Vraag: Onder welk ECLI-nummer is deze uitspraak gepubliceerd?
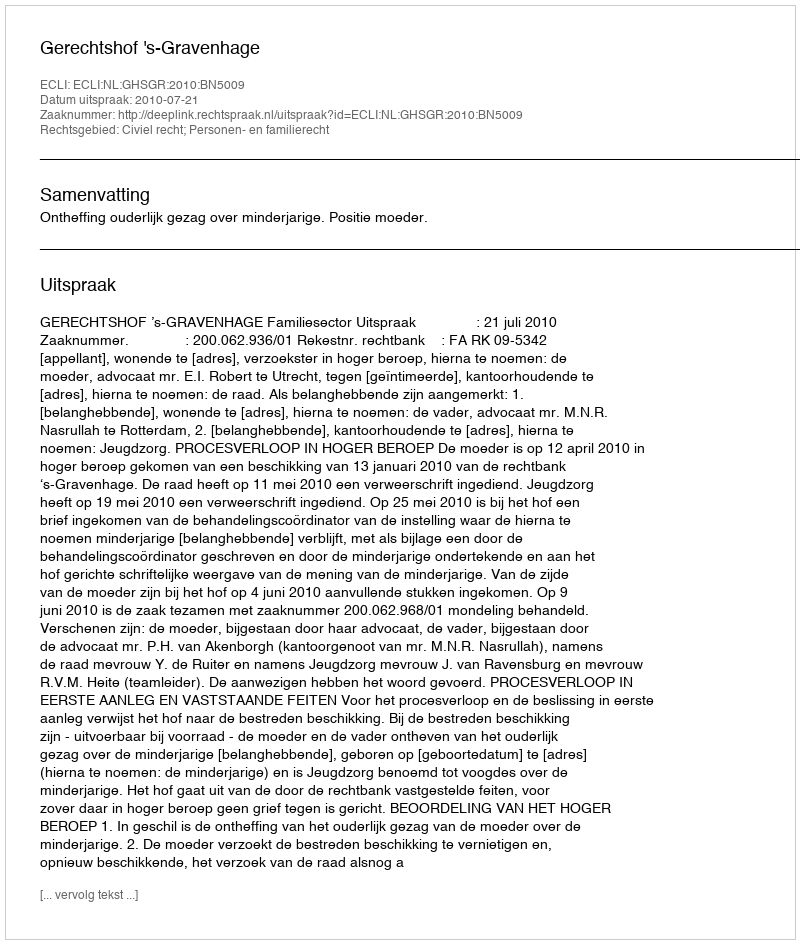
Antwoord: ECLI:NL:GHSGR:2010:BN5009